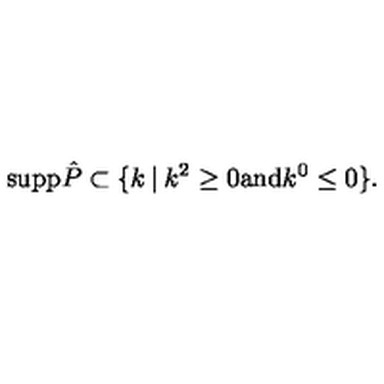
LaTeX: { \mathrm { s u p p } } \hat { P } \subset \{ k \: | \: k ^ { 2 } \geq 0 { \mathrm { a n d } } k ^ { 0 } \leq 0 \} .